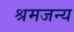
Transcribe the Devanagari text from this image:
श्रमजन्य